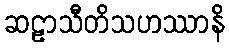
ဆဠာသီတိသဟဿာနိ